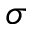
\sigma